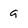
Character: g